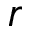
r